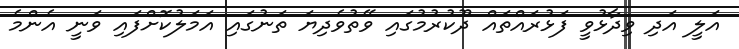
އަލީ އަދި ވިދާޅުވީ ފަޅުރައްތައް ދޫކުރުމުގައި ވޭތުވެދިޔަ ތަނުގައި އަމަލުކޮށްފައި ވަނީ އެންމެ